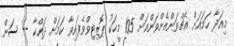
މިއަދާ ހަމައަށް އެޗްވަންއެންވަންއަށް 105 މީހަކު ޕޮޒިޓިވްވެފައިވާ ކަމަށް ދައްކާ -- ސަން